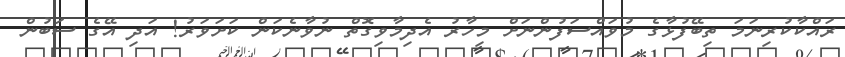
ރައްކާކުރިނަމަ ތިބޭފުޅާގެ މުވައްސަފުންނަށް މިހާރު އެދިމާވިގޮތް ނުވާނެކަން ކަށަވަރު! އަދި އޭގެ ސަބުން